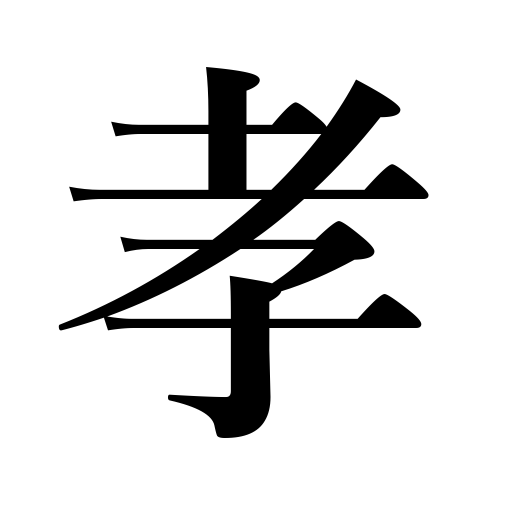
Meanings: filial piety